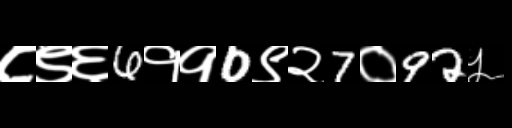
Text: ८९६6११0९२7०92५